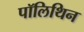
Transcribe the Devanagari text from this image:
पॉलिथिन